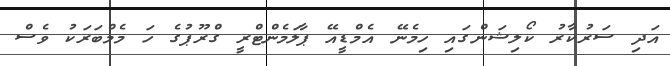
އަދި ސަރުކާރު ކޯލިޝަންގައި ހިމެނޭ އެމްޑީއޭ ޕާލަމެންޓްރީ ގްރޫޕުގެ ހަ މެމްބަރަކު ވެސް